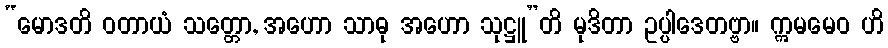
“မောဒတိ ဝတာယံ သတ္တော, အဟော သာဓု အဟော သုဋ္ဌူ”တိ မုဒိတာ ဥပ္ပါဒေတဗ္ဗာ။ ဣမမေဝ ဟိ